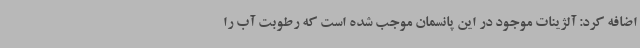
اضافه کرد: آلژینات موجود در این پانسمان موجب شده است که رطوبت آب را